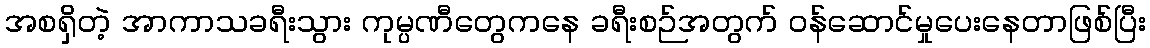
အစရှိတဲ့ အာကာသခရီးသွား ကုမ္ပဏီတွေကနေ ခရီးစဉ်အတွက် ဝန်ဆောင်မှုပေးနေတာဖြစ်ပြီး